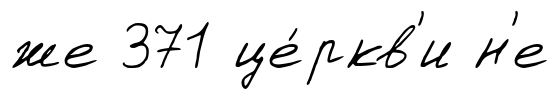
же 371 це́ркв'и н'е